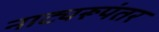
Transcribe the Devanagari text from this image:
नाट्यरूपंतर